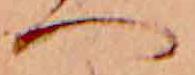
へ